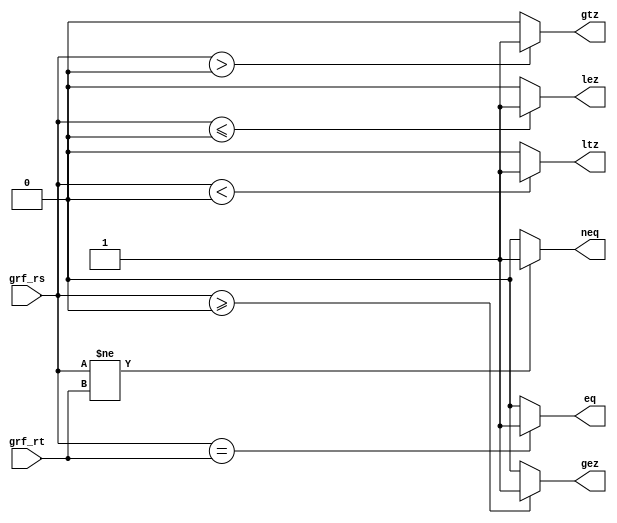
`timescale 1ns / 1ps
//////////////////////////////////////////////////////////////////////////////////
// Company: 
// Engineer: 
// 
// Design Name: 
// Module Name:    CMP 
// Project Name: 
// Target Devices: 
// Tool versions: 
// Description: 
//
// Dependencies: 
//
// Revision: 
// Revision 0.01 - File Created
// Additional Comments: 
//
//////////////////////////////////////////////////////////////////////////////////
`default_nettype none
module CMP(
    input wire [31:0] grf_rs,
	 input wire [31:0] grf_rt,
	 output wire eq,
	 output wire neq,
	 output wire lez,
	 output wire ltz,
	 output wire gez,
	 output wire gtz
    );
	 
	 assign eq = (grf_rs == grf_rt)?1:0;
	 assign neq = (grf_rs != grf_rt)?1:0;
	 assign lez = ($signed(grf_rs) <= $signed(0))?1:0;
	 assign ltz = ($signed(grf_rs) < $signed(0))?1:0;
	 assign gez = ($signed(grf_rs) >= $signed(0))?1:0;
	 assign gtz = ($signed(grf_rs) > $signed(0))?1:0;
	 assign gtz = ($signed(grf_rs) > $signed(0))?1:0;

endmodule